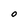
Character: O